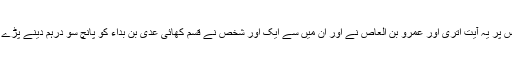
اس پر یہ آیت اتری اور عمرو بن العاص نے اور ان میں سے ایک اور شخص نے قسم کھائی عدی بن بداء کو پانچ سو درہم دینے پڑے ۔